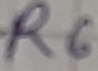
Text: R6